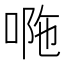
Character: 𠴻